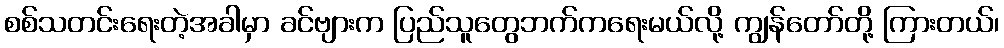
စစ်သတင်းရေးတဲ့အခါမှာ ခင်ဗျားက ပြည်သူတွေဘက်ကရေးမယ်လို့ ကျွန်တော်တို့ ကြားတယ်၊